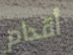
أقدام